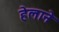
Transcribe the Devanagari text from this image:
हेलाने